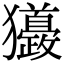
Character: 𤣙